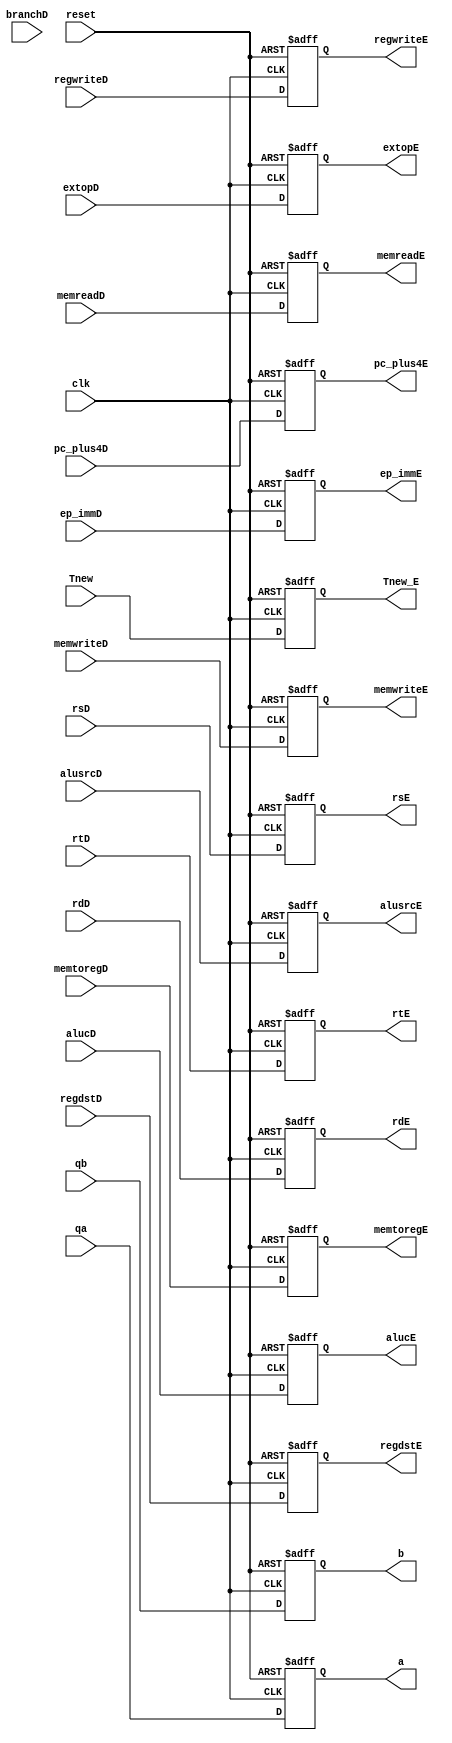
`timescale 1ns / 1ps
//////////////////////////////////////////////////////////////////////////////////
// Company: 
// Engineer: 
// 
// Design Name: 
// Module Name: IdToEx
// Project Name: 
// Target Devices: 
// Tool Versions: 
// Description: 
// 
// Dependencies: 
// 
// Revision:
// Revision 0.01 - File Created
// Additional Comments:
// 
//////////////////////////////////////////////////////////////////////////////////


module IdToEx(
    input clk, reset,
    input regwriteD,
    input memtoregD,
    input memwriteD,
    input branchD,
    input [2:0] alucD,
    input alusrcD,
    input regdstD,
    input [1:0] extopD,
    input memreadD,
    output reg regwriteE,
    output reg memtoregE,
    output reg memwriteE,
    output reg [2:0] alucE,
    output reg alusrcE,
    output reg regdstE,
    output reg [1:0] extopE,
    output reg memreadE,
    input [31:0] qa, qb,
    output reg [31:0] a, b,
    input [4:0] rsD, rtD, rdD,
    output reg [4:0] rsE, rtE, rdE,
    input [31:0] ep_immD,
    output reg [31:0] ep_immE,
    input [31:0] pc_plus4D,
    output reg [31:0] pc_plus4E,
    input [1:0] Tnew,
    output reg [1:0] Tnew_E
    );
    always @(posedge clk, posedge reset) begin
        if (reset) begin
            regwriteE <= 0;
            memtoregE <= 0;
            memwriteE <= 0;
            alucE <= 0;
            alusrcE <= 0;
            regdstE <= 0;
            extopE <= 0;
            memreadE <= 0;
            a <= 0;
            b <= 0;
            rsE <= 0;
            rtE <= 0;
            rdE <= 0;
            ep_immE <= 0;
            pc_plus4E <= 0;
            Tnew_E <= 0;
        end
        else begin
            regwriteE <= regwriteD;
            memtoregE <= memtoregD;
            memwriteE <= memwriteD;
            alucE <= alucD;
            alusrcE <= alusrcD;
            regdstE <= regdstD;
            extopE <= extopD;
            memreadE <= memreadD;
            a <= qa;
            b <= qb;
            rsE <= rsD;
            rtE <= rtD;
            rdE <= rdD;
            ep_immE <= ep_immD;
            pc_plus4E <= pc_plus4D;
            Tnew_E <= Tnew;
        end
    end
endmodule